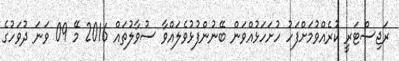
ރަޖިސްޓަރީ ކުރެއްވުމަށްފަހު ހުށަހަޅުއްވަން ބޭނުންފުޅުވެލައްވާ ސުވާލުތައް 2016 މޭ 09 ވަނަ ދުވަހުގެ